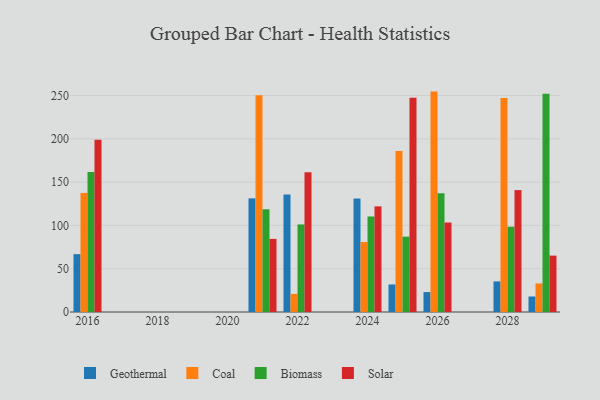
{"axis": {"x": "Year", "y": "Waste Production (Tons)"}, "legend": ["Biomass", "Coal", "Geothermal", "Solar"], "data": [{"x": "2029", "y": 17.9, "type": "Geothermal"}, {"x": "2029", "y": 33.0, "type": "Coal"}, {"x": "2029", "y": 252.1, "type": "Biomass"}, {"x": "2029", "y": 65.1, "type": "Solar"}, {"x": "2021", "y": 131.2, "type": "Geothermal"}, {"x": "2021", "y": 250.3, "type": "Coal"}, {"x": "2021", "y": 118.6, "type": "Biomass"}, {"x": "2021", "y": 84.4, "type": "Solar"}, {"x": "2022", "y": 135.7, "type": "Geothermal"}, {"x": "2022", "y": 20.9, "type": "Coal"}, {"x": "2022", "y": 101.1, "type": "Biomass"}, {"x": "2022", "y": 161.3, "type": "Solar"}, {"x": "2025", "y": 31.8, "type": "Geothermal"}, {"x": "2025", "y": 186.0, "type": "Coal"}, {"x": "2025", "y": 87.0, "type": "Biomass"}, {"x": "2025", "y": 247.3, "type": "Solar"}, {"x": "2024", "y": 131.0, "type": "Geothermal"}, {"x": "2024", "y": 80.8, "type": "Coal"}, {"x": "2024", "y": 110.3, "type": "Biomass"}, {"x": "2024", "y": 122.0, "type": "Solar"}, {"x": "2028", "y": 35.3, "type": "Geothermal"}, {"x": "2028", "y": 247.1, "type": "Coal"}, {"x": "2028", "y": 98.5, "type": "Biomass"}, {"x": "2028", "y": 140.8, "type": "Solar"}, {"x": "2016", "y": 66.8, "type": "Geothermal"}, {"x": "2016", "y": 137.5, "type": "Coal"}, {"x": "2016", "y": 161.7, "type": "Biomass"}, {"x": "2016", "y": 198.9, "type": "Solar"}, {"x": "2026", "y": 23.0, "type": "Geothermal"}, {"x": "2026", "y": 254.5, "type": "Coal"}, {"x": "2026", "y": 137.1, "type": "Biomass"}, {"x": "2026", "y": 103.3, "type": "Solar"}]}